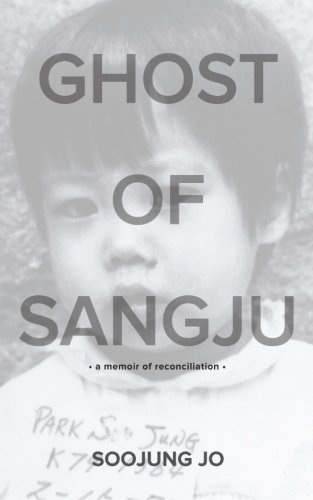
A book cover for Ghost of Sangju: A Memoir of Reconciliation; Soojung Jo; Parenting & Relationships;